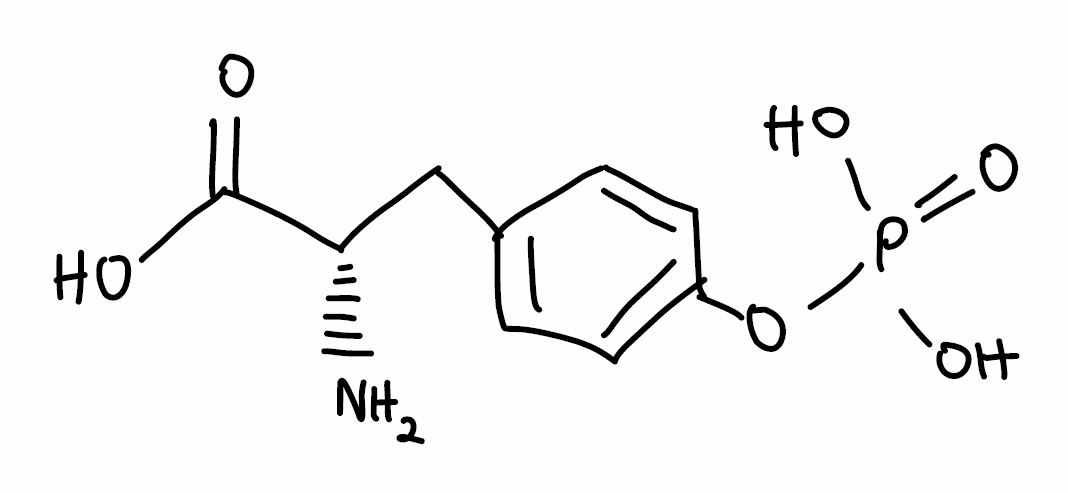
Simplified molecular-input line-entry system (SMILES) notation of the given molecule:
C1=CC(=CC=C1C[C@@H](C(=O)O)N)OP(=O)(O)O